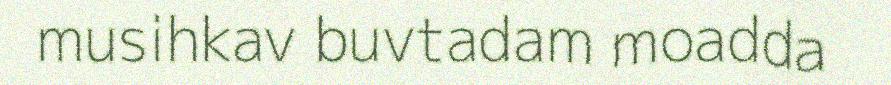
musihkav buvtadam moadda